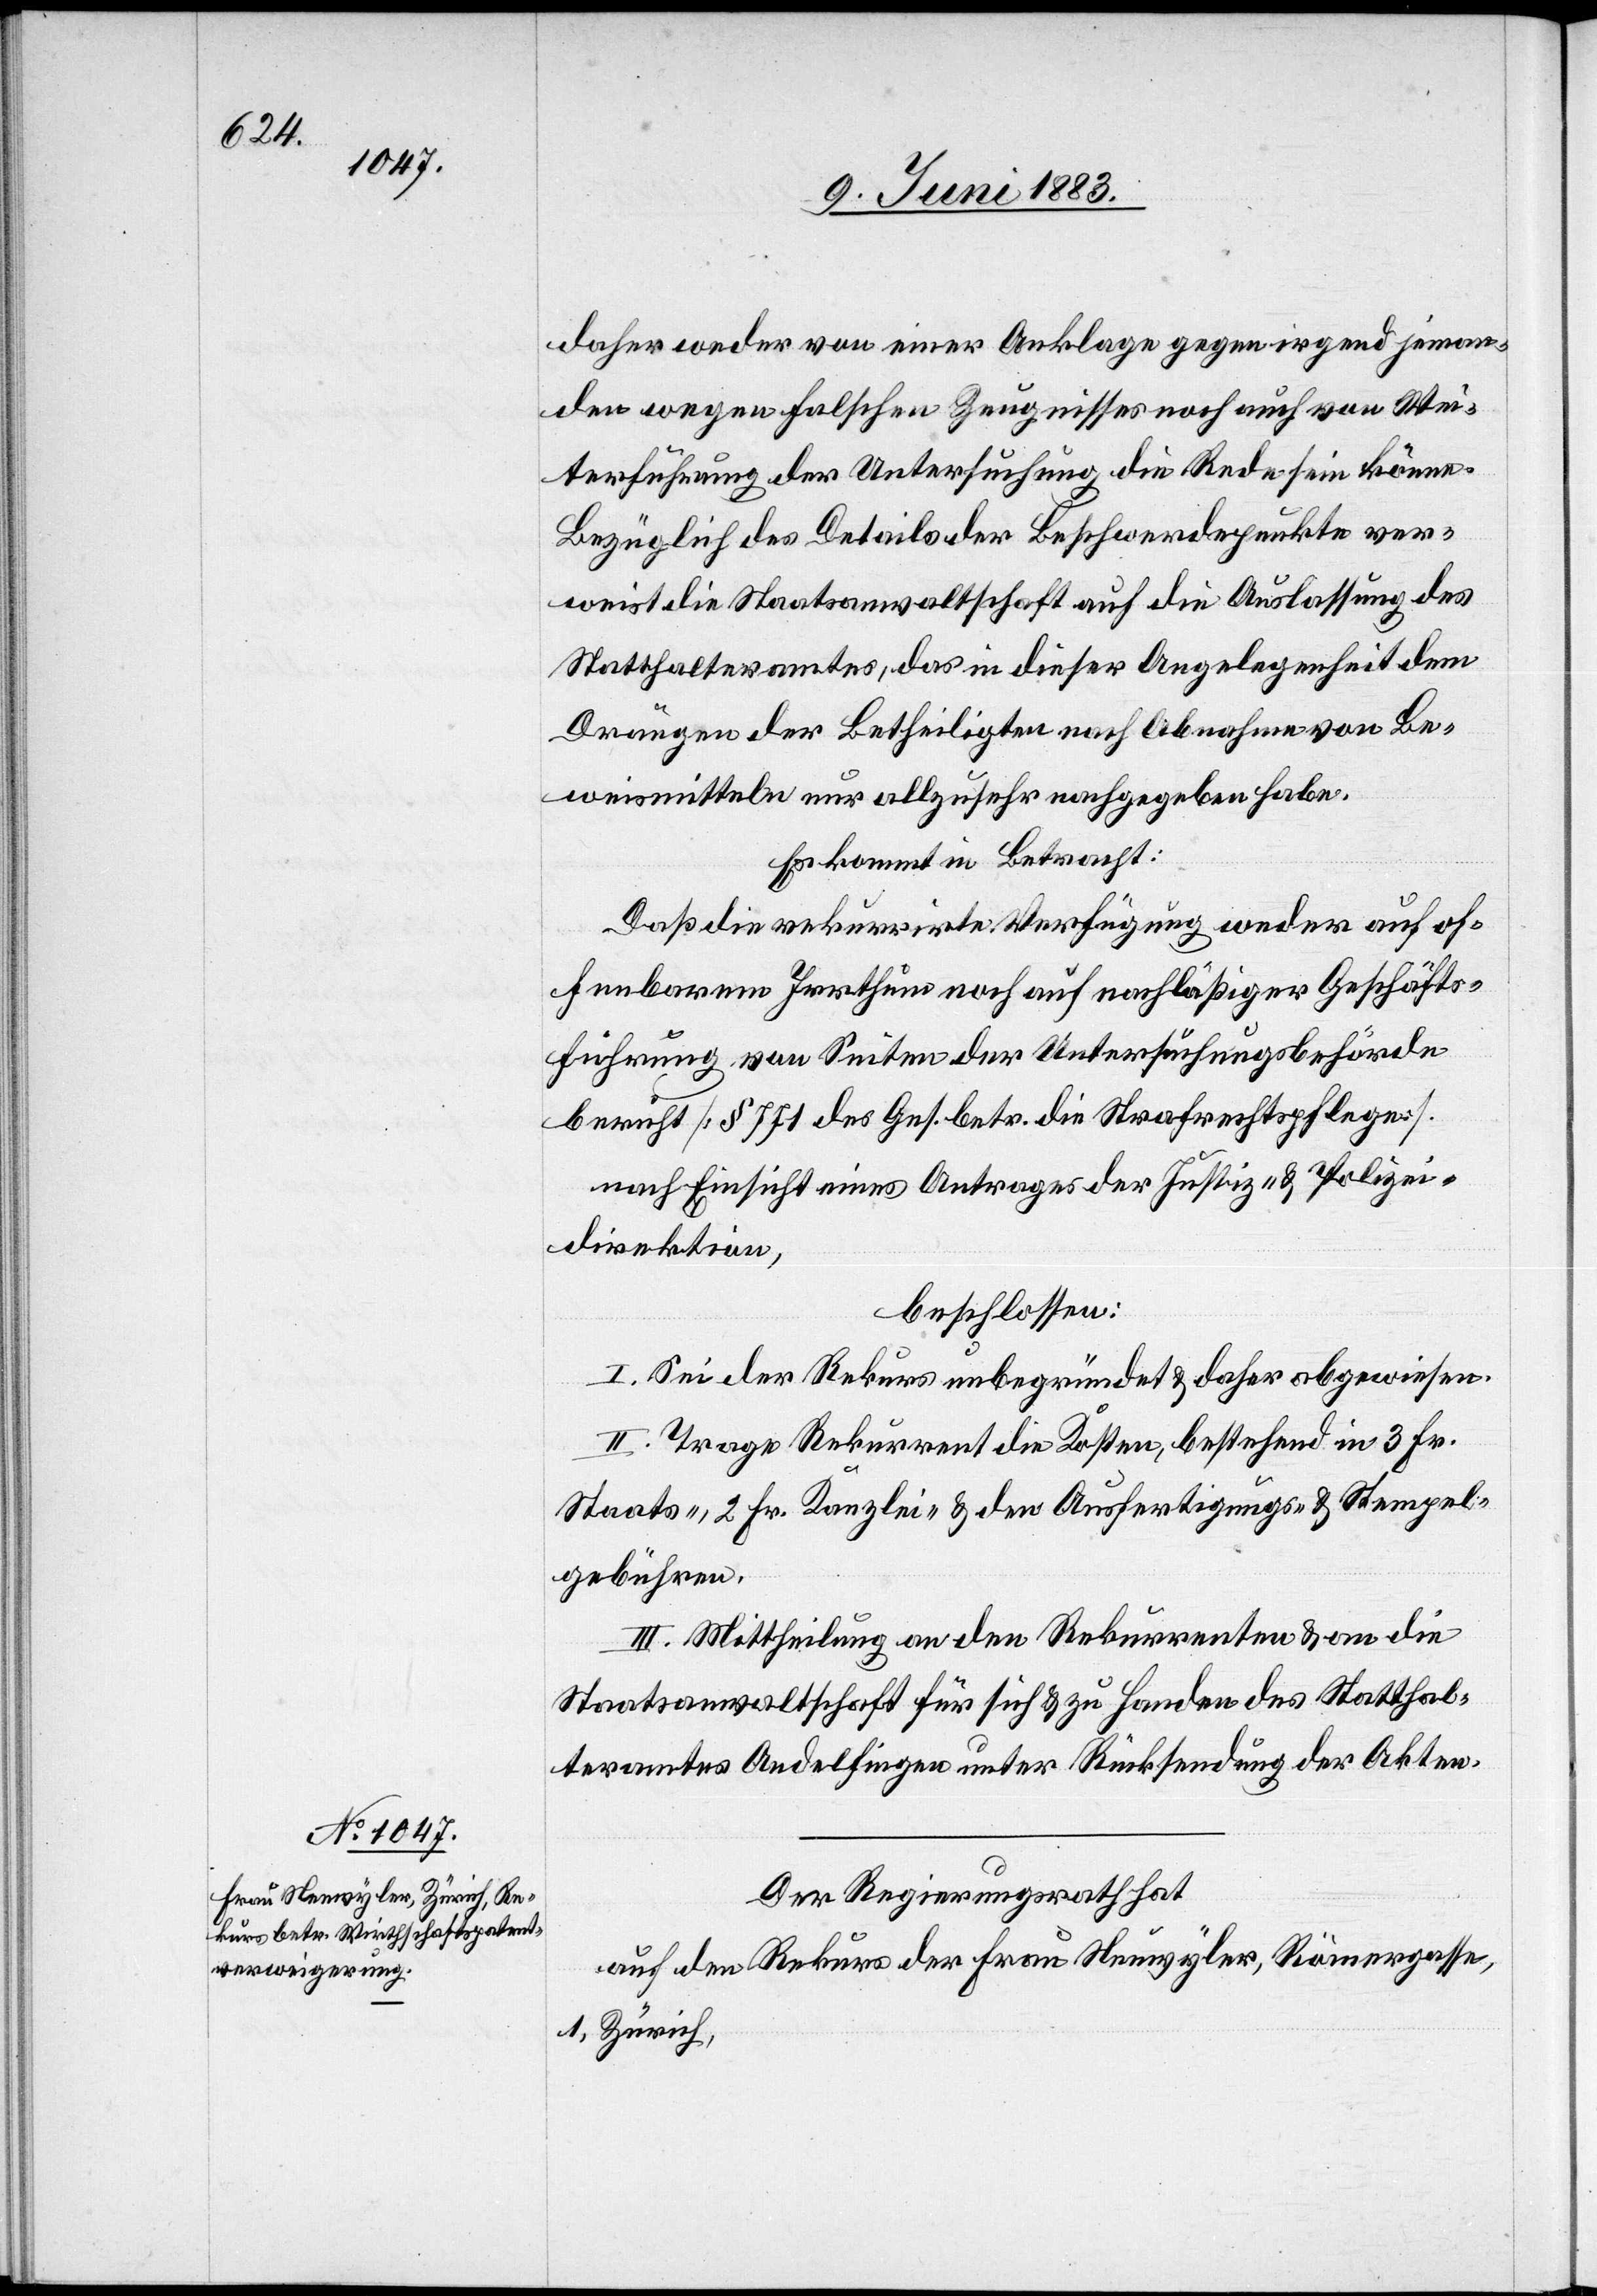
daher weder von einer Anklage gegen irgend jeman¬
den wegen falschen Zeugnisses noch auch von Wei¬
terführung der Untersuchung die Rede sein könne.
Bezüglich des Details der Beschwerdepunkte ver¬
weist die Staatsanwaltschaft auf die Auslassung des
Statthalteramtes, das in dieser Angelegenheit dem
Drängen der Betheiligten nach Abnahme von Be¬
weismitteln nur allzu sehr nachgegeben habe.
Es kommt in Betracht:
Daß die rekurrirte Verfügung weder auf of¬
fenbarem Irrthum noch auf nachlässiger Geschäfts¬
führung von Seiten der Untersuchungsbehörde
beruht [§ 771 des Ges. betr. die Strafrechtspflege].
nach Einsicht eines Antrages der Justiz- & Polizei¬
direktion,
beschlossen:
I. Sei der Rekurs unbegründet & daher abgewiesen.
II. Trage Rekurrent die Kosten, bestehend in 3 Fr.
Staats-, 2 Fr. Kanzlei- & den Ausfertigungs- und Stempel¬
gebühren.
III. Mittheilung an den Rekurrenten & an die
Staatsanwaltschaft für sich & zu Handen des Statthal¬
teramtes Andelfingen unter Rücksendung der Akten.
Der Regierungsrath hat,
auf den Rekurs der Frau Neuwyler, Römergasse,
1, Zürich,